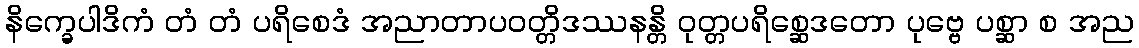
နိက္ခေပါဒိကံ တံ တံ ပရိစေဒံ အညာတာပဝတ္တိဒဿနန္တိ ဝုတ္တပရိစ္ဆေဒတော ပုဗ္ဗေ ပစ္ဆာ စ အည